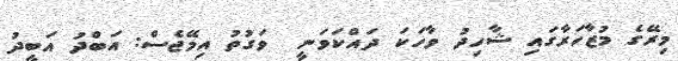
މިރޭގެ މުޒާހަރާގައި ޝާހިދު ވާހަކަ ދައްކަވަނީ  ވަގުތު އިމޭޖެސް: އަބްދު އަބީދު